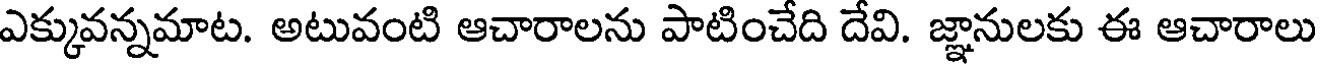
ఎక్కువన్నమాట. అటువంటి ఆచారాలను పాటించేది దేవి. జ్ఞానులకు ఈ ఆచారాలు